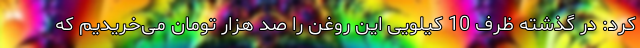
کرد: در گذشته ظرف 10 کیلویی این روغن را صد هزار تومان می‌خریدیم که